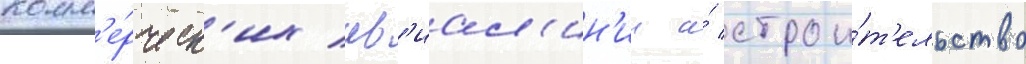
комм'е́рческ'их ав'иал'ин'ии и́ строи́т'ельство